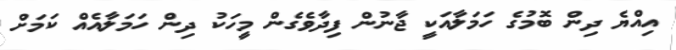
އިއްޔެ ދިން ބޮމުގެ ހަމަލާއަކީ ޖާނުން ފިދާވެގެން މީހަކު ދިން ހަމަލާއެއް ކަމަށް